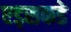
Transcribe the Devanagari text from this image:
एड्‌सकडे